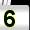
Digit: 5